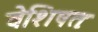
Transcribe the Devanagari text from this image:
वेशिषतः